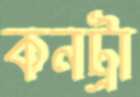
কনট্রা